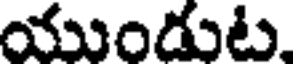
యుండుట,